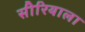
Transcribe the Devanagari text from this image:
सीरियाला